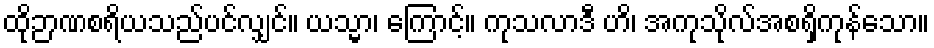
ထိုဉာဏစရိယသည်ပင်လျှင်။ ယသ္မာ၊ ကြောင့်။ ကုသလာဒီ ဟိ၊ အကုသိုလ်အစရှိကုန်သော။